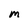
Character: M